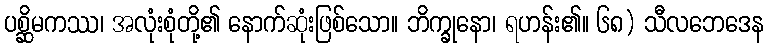
ပစ္ဆိမကဿ၊ အလုံးစုံတို့၏ နောက်ဆုံးဖြစ်သော။ ဘိက္ခုနော၊ ရဟန်း၏။ ၆၈) သီလဘေဒေန